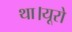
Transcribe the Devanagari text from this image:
था।यूरो